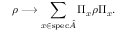
\rho \longrightarrow \displaystyle \sum _ { x \in \mathrm { s p e c } { \hat { A } } } \Pi _ { x } \rho \Pi _ { x } .